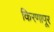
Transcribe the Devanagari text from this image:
किरणापूर